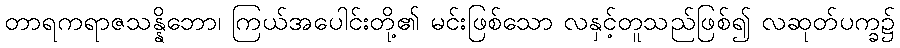
တာရကရာဇသန္နိဘော၊ ကြယ်အပေါင်းတို့၏ မင်းဖြစ်သော လနှင့်တူသည်ဖြစ်၍ လဆုတ်ပက္ခ၌